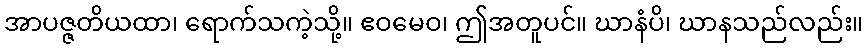
အာပဇ္ဇတိယထာ၊ ရောက်သကဲ့သို့။ ဧဝမေဝ၊ ဤအတူပင်။ ဃာနံပိ၊ ဃာနသည်လည်း။